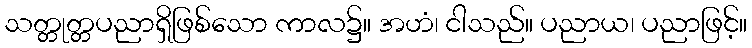
သတ္တုတ္တပညာရှိဖြစ်သော ကာလ၌။ အဟံ၊ ငါသည်။ ပညာယ၊ ပညာဖြင့်။